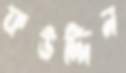
ফউদ্দিন